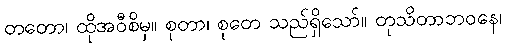
တတော၊ ထိုအဝီစိမှ။ စုတာ၊ စုတေ သည်ရှိသော်။ တုသိတာဘဝနေ၊